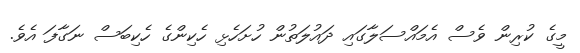
މީގެ ކުރިން ވެސް އެމައްސަލާގައި ދައުލަތުން ހުށަހެޅި ހެކިންގެ ހެކިބަސް ނަގާފަ އެވެ.